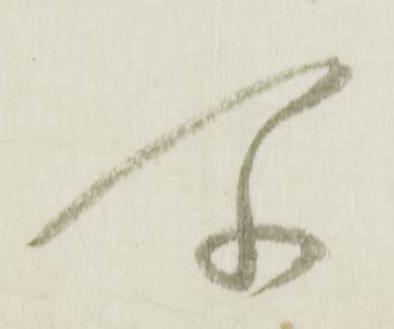
所